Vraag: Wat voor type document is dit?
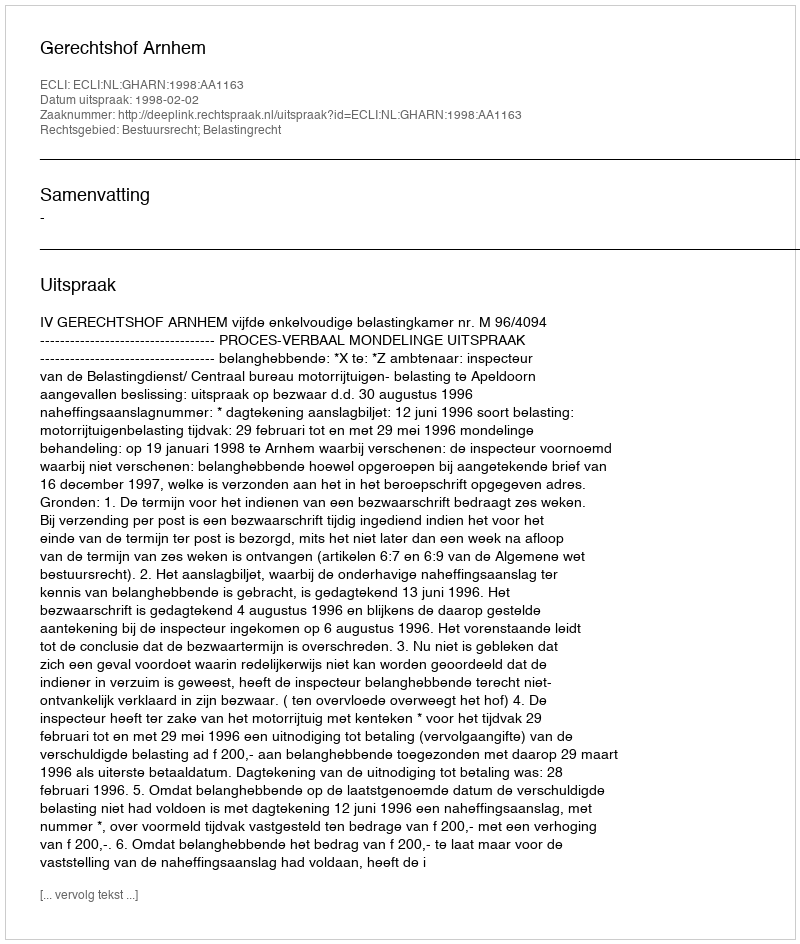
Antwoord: Uitspraak